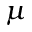
\mu